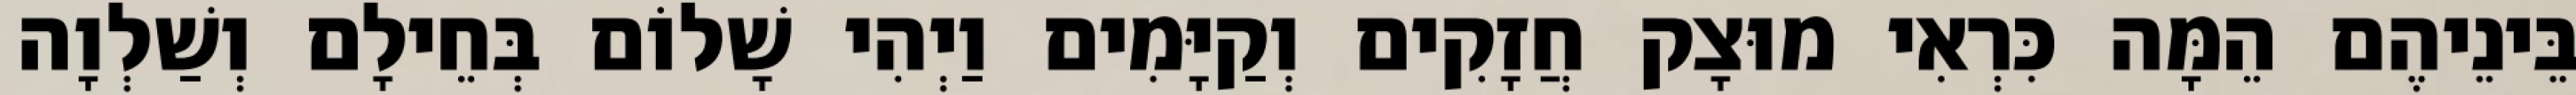
בֵּינֵיהֶם הֵמָּה כִּרְאִי מוּצָק חֲזָקִים וְקַיָּמִים וַיְהִי שָׁלוֹם בְּחֵילָם וְשַׁלְוָה